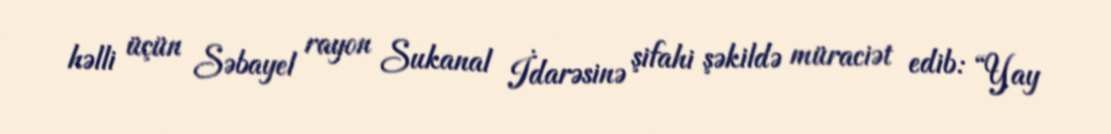
həlli üçün Səbayel rayon Sukanal İdarəsinə şifahi şəkildə müraciət edib: “Yay